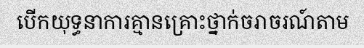
បើកយុទ្ធនាការគ្មានគ្រោះថ្នាក់ចរាចរណ៍តាម